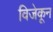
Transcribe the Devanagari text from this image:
विजेकून